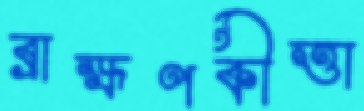
ব্রাহ্মণকীত্তা